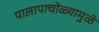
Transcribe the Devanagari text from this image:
पालापाचोळ्यामुळे